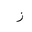
Letter: _zay